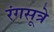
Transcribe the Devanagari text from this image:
रंगसूत्रे